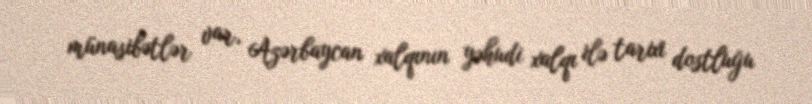
münasibətlər var, Azərbaycan xalqının yəhudi xalqı ilə tarixi dostluğu